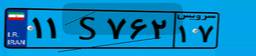
۸۴S۴۲۹۴۸